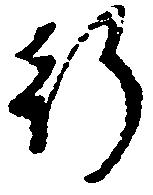
行